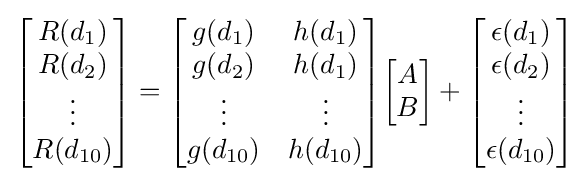
{\begin{bmatrix}R(d_{1})\\R(d_{2})\\\vdots \\R(d_{10})\end{bmatrix}}={\begin{bmatrix}g(d_{1})&h(d_{1})\\g(d_{2})&h(d_{1})\\\vdots &\vdots \\g(d_{10})&h(d_{10})\end{bmatrix}}{\begin{bmatrix}A\\B\end{bmatrix}}+{\begin{bmatrix}\epsilon (d_{1})\\\epsilon (d_{2})\\\vdots \\\epsilon (d_{10})\end{bmatrix}}